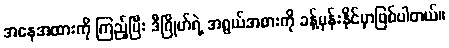
အနေအထားကို ကြည့်ပြီး ဒီဂြိုဟ်ရဲ့ အရွယ်အစားကို ခန့်မှန်းနိုင်မှာဖြစ်ပါတယ်။